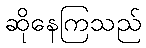
ဆိုနေကြသည်